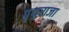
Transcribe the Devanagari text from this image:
पृथुराजा